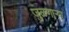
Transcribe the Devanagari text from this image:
जुळणार्‍या